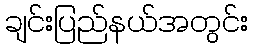
ချင်းပြည်နယ်အတွင်း